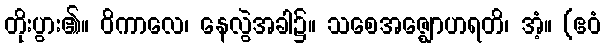
တိုးပွား၏။ ဝိကာလေ၊ နေလွဲအခါ၌။ သစေအဇ္ဈောဟရတိ၊ အံ့။ (ဧဝံ